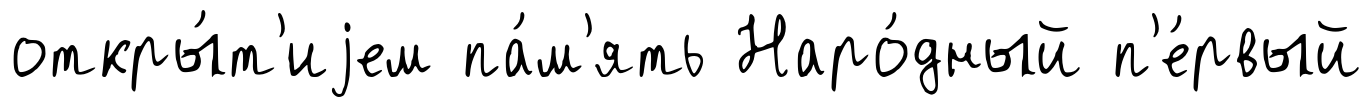
откры́т'иjем па́м'ять Наро́дный п'е́рвый